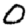
Digit: 0